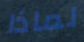
لماذا